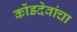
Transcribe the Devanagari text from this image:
कोंडदेवांचा